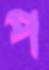
প